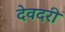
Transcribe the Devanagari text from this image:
देवदरी